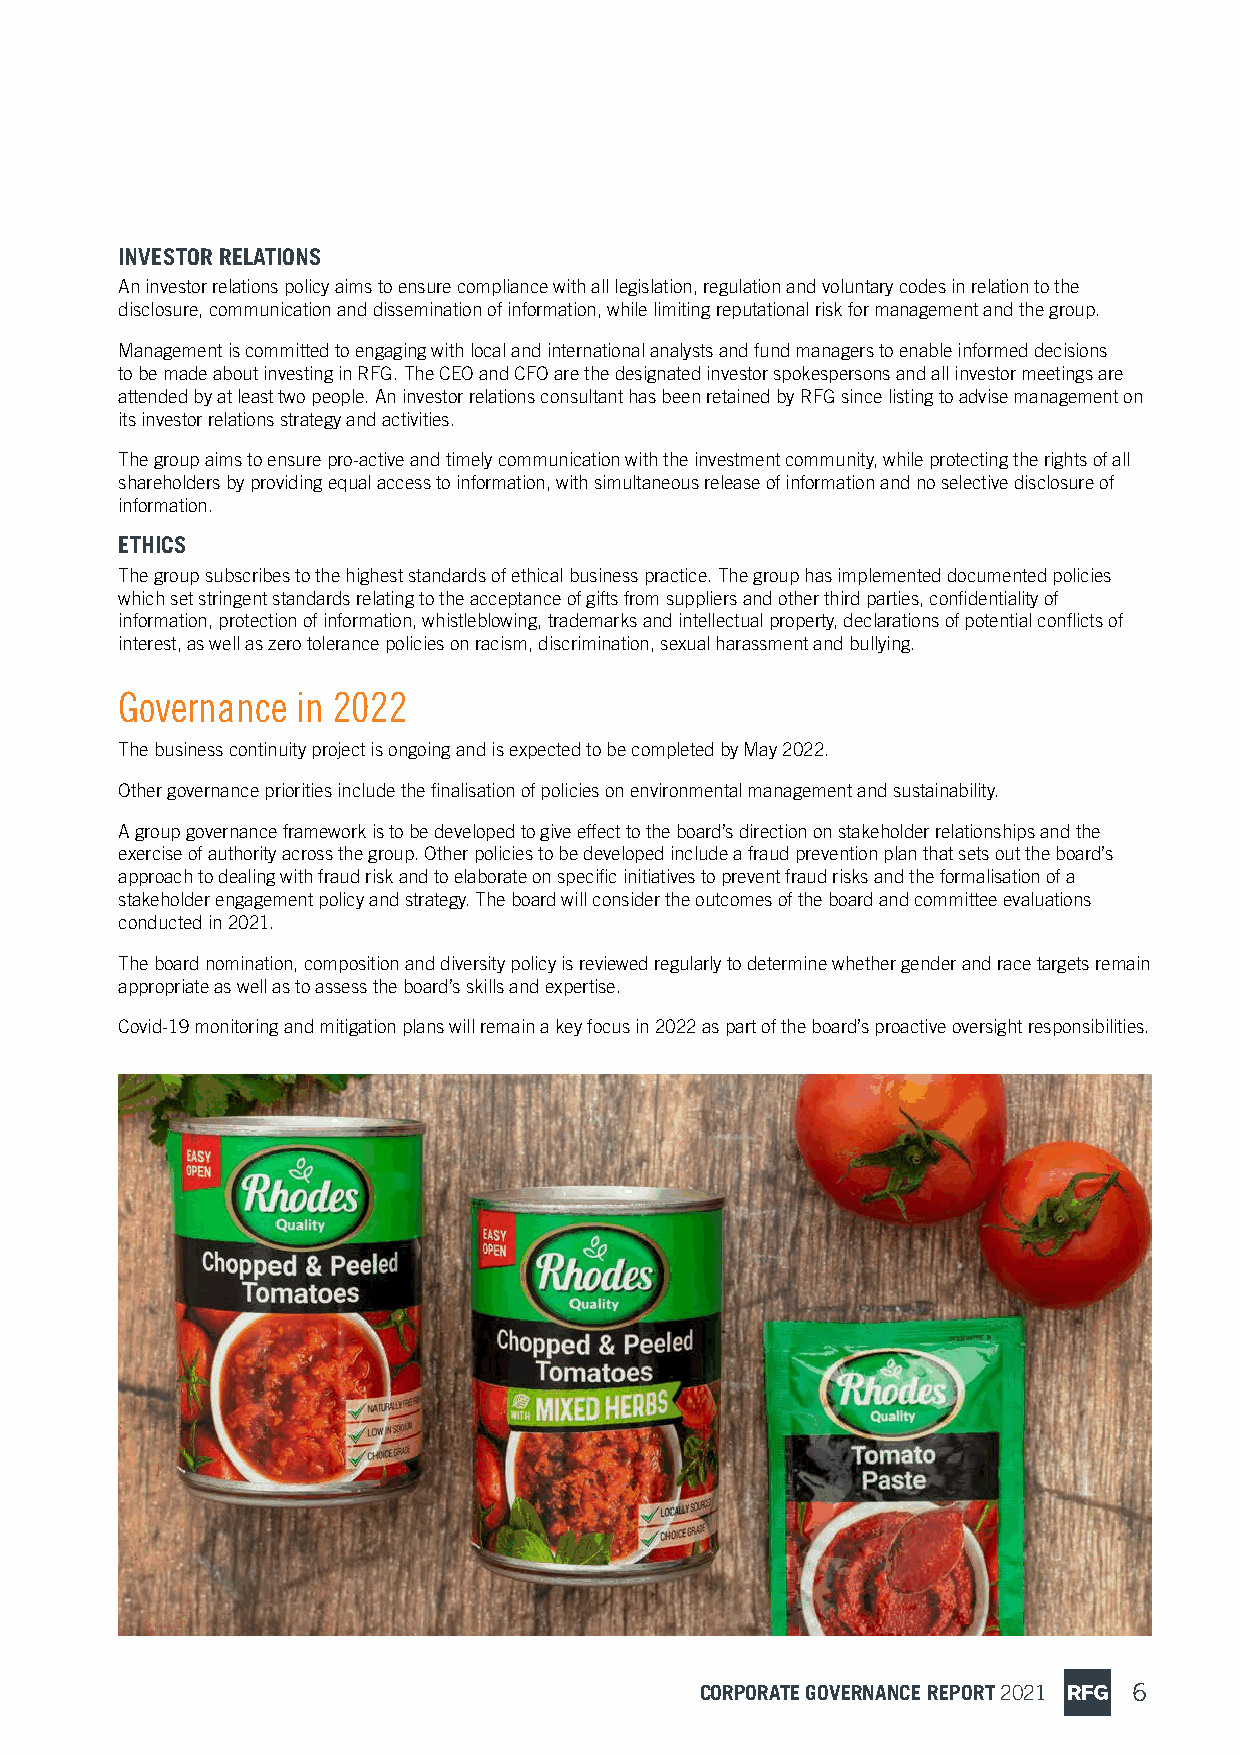
INVESTOR RELATIONS
 An investor relations policy aims to ensure compliance with all legislation, regulation and voluntary codes in relation to the
 disclosure, communication and dissemination of information, while limiting reputational risk for management and the group.
 Management is committed to engaging with local and international analysts and fund managers to enable informed decisions
 to be made about investing in RFG. The CEO and CFO are the designated investor spokespersons and all investor meetings are
 attended by at least two people. An investor relations consultant has been retained by RFG since listing to advise management on
 its investor relations strategy and activities.
 The group aims to ensure pro-active and timely communication with the investment community, while protecting the rights of all
 shareholders by providing equal access to information, with simultaneous release of information and no selective disclosure of
 information.
 ETHICS
 The group subscribes to the highest standards of ethical business practice. The group has implemented documented policies
 which set stringent standards relating to the acceptance of gifts from suppliers and other third parties, confidentiality of
 information, protection of information, whistleblowing, trademarks and intellectual property, declarations of potential conflicts of
 interest, as well as zero tolerance policies on racism, discrimination, sexual harassment and bullying.
 Governance  in 2022
 The business continuity project is ongoing and is expected to be completed by May 2022.
 Other governance priorities include the finalisation of policies on environmental management and sustainability.
 A group governance framework is to be developed to give effect to the board’s direction on stakeholder relationships and the
 exercise of authority across the group. Other policies to be developed include a fraud prevention plan that sets out the board’s
 approach to dealing with fraud risk and to elaborate on specific initiatives to prevent fraud risks and the formalisation of a
 stakeholder engagement policy and strategy. The board will consider the outcomes of the board and committee evaluations
 conducted in 2021.
 The board nomination, composition and diversity policy is reviewed regularly to determine whether gender and race targets remain
 appropriate as well as to assess the board’s skills and expertise.
 Covid-19 monitoring and mitigation plans will remain a key focus in 2022 as part of the board’s proactive oversight responsibilities.
 CORPORATE GOVERNANCE REPORT 2021 6